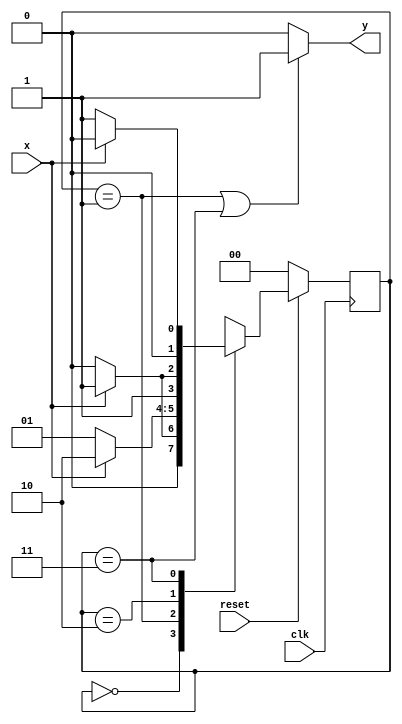
module sm_2p(
	input clk, reset, x,
	output reg y);
	reg [1:0] state;
	parameter [1:0] S0=2'd0, S1=2'd1, S2=2'd2, S3=2'd3;
	always @(posedge clk)
		if (!reset)
			state <= 0;
		else begin
			case (state)
				S0:
					if (x) state = S1;
					else state = S0;
				S1:
					if (x) state = S2;
					else state = S1;
				S2:
					if (x) state = S3;
					else state = S2;
				S3:
					if (x) state = S0;
					else state = S1;
			endcase
		end
	always @(*)
		if (state==S1 | state==S3) y=1;
		else y=0;
endmodule